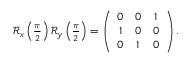
\begin{array} { r } { \mathcal { R } _ { x } \left( \frac { \pi } { 2 } \right) \mathcal { R } _ { y } \left( \frac { \pi } { 2 } \right) = \left( \begin{array} { c c c } { 0 } & { 0 } & { 1 } \\ { 1 } & { 0 } & { 0 } \\ { 0 } & { 1 } & { 0 } \end{array} \right) . } \end{array}